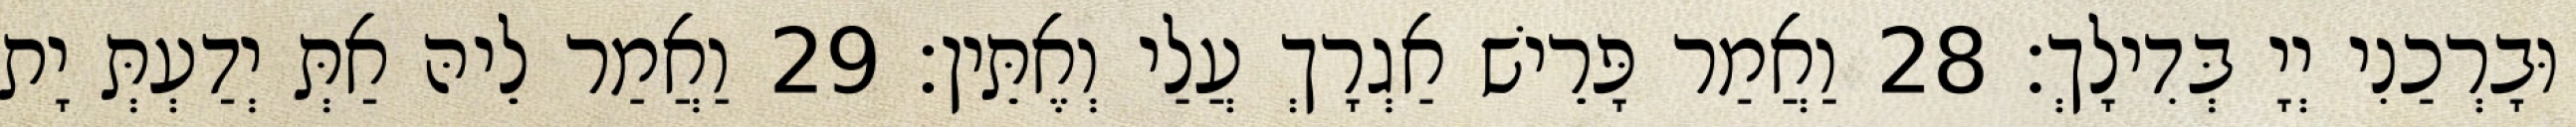
וּבָרְכַנִי יְיָ בְּדִילָךְ׃ 28 וַאֲמַר פָּרֵישׁ אַגְרָךְ עֲלַי וְאֶתֵּין׃ 29 וַאֲמַר לֵיהּ אַתְּ יְדַעְתְּ יָת